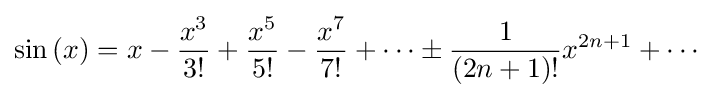
\sin \left(x\right)=x-{\frac {x^{3}}{3!}}+{\frac {x^{5}}{5!}}-{\frac {x^{7}}{7!}}+\cdots \pm {\frac {1}{(2n+1)!}}x^{2n+1}+\cdots